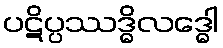
ပဋိပ္ပဿဒ္ဓိလဒ္ဓေါ